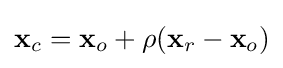
\mathbf {x} _{c}=\mathbf {x} _{o}+\rho (\mathbf {x} _{r}-\mathbf {x} _{o})